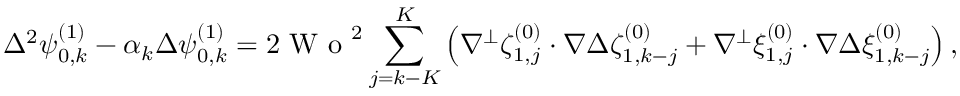
\Delta ^ { 2 } \psi _ { 0 , k } ^ { ( 1 ) } - \alpha _ { k } \Delta \psi _ { 0 , k } ^ { ( 1 ) } = 2 \textrm { W o } ^ { 2 } \sum _ { j = k - K } ^ { K } \left( \nabla ^ { \perp } \zeta _ { 1 , j } ^ { ( 0 ) } \cdot \nabla \Delta \zeta _ { 1 , k - j } ^ { ( 0 ) } + \nabla ^ { \perp } \xi _ { 1 , j } ^ { ( 0 ) } \cdot \nabla \Delta \xi _ { 1 , k - j } ^ { ( 0 ) } \right) ,